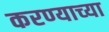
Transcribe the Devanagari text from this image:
करण्‍याच्‍या